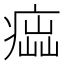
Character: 𤸢